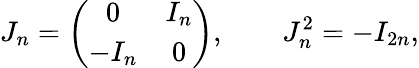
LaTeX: J_{n}=\left(\begin{array}{cc}{{0}}&{{I_{n}}}\\ {{-I_{n}}}&{{0}}\end{array}\right),\qquad J_{n}^{2}=-I_{2n},